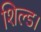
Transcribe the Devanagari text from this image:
शिल्ड।